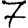
Digit: 7